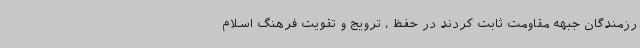
رزمندگان جبهه مقاومت ثابت کردند در حفظ ، ترویج و تقویت فرهنگ اسلام